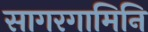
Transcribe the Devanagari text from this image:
सागरगामिनि